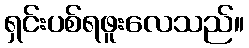
ရှင်းပစ်ရဖူးလေသည်။